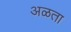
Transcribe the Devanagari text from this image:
अळता